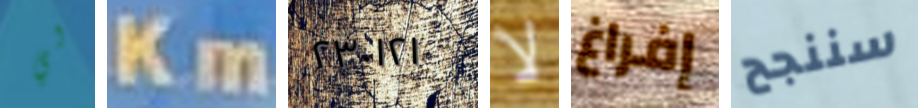
لي Km ٢٣٠١٢١ لا إفراغ سننجح